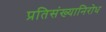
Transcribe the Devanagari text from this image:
प्रतिसंख्यानिरोध